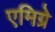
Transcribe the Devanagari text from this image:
एमिग्रे